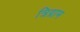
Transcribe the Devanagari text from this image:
त्रिग्राम